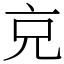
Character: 𠑽